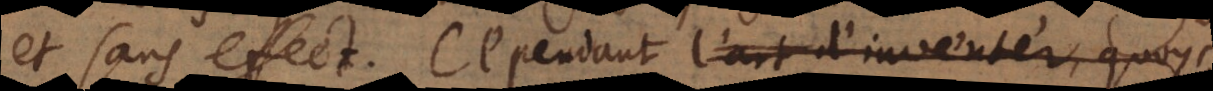
et sans effect. Cependant l’art d’inventer, quoy